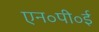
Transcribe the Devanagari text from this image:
एन॰पी॰ई